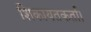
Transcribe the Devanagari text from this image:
शिकायतकर्ता।